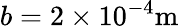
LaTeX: b=2\times 10^{-4}\mathrm{m}